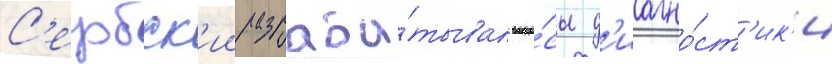
С'ербск'ии разраба́тывал вопро́сы д'иагно́ст'ик'и